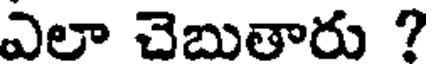
ఎలా చెబుతారు ?